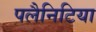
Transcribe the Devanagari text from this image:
पलैनिटिया